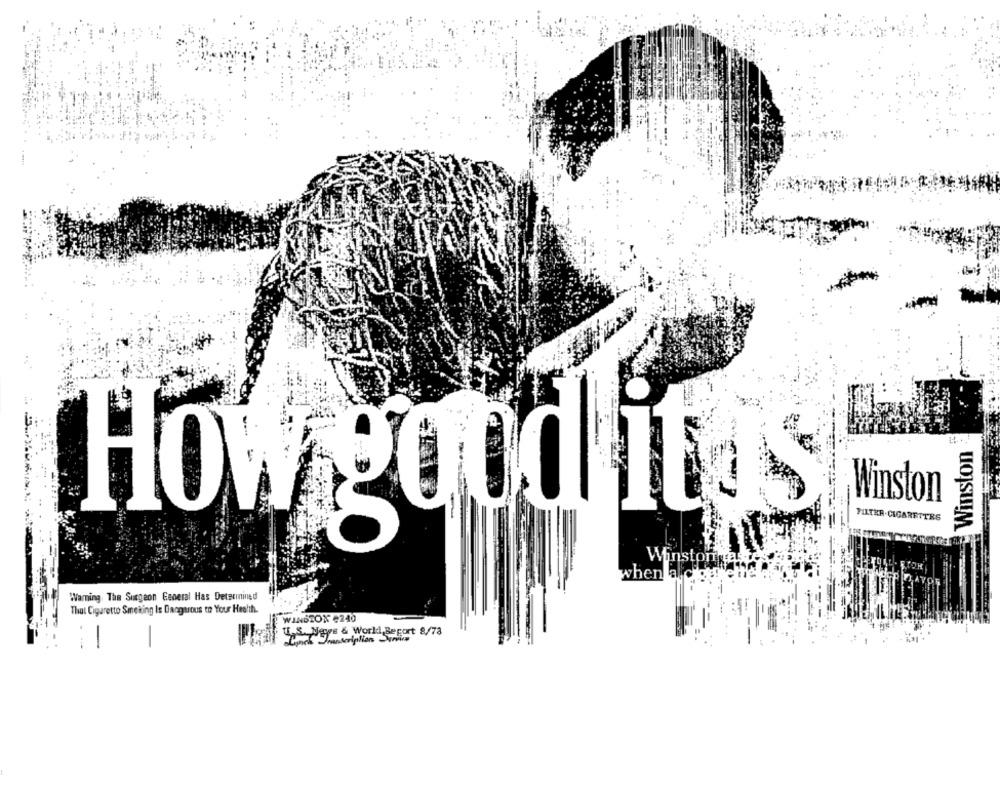
Winston
Winston
FILTER. CIGARETTES
How good it os
Winsto
when
Warning. The Surgeon General Has Detecinined
That Cigarette Smoking Is Dangerous to Your Health.
WINSTON #240
grs & World Beport 8/78